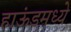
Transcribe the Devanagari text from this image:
हाऊंडमध्ये